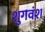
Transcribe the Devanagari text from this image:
शुगवंश